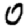
Digit: 0